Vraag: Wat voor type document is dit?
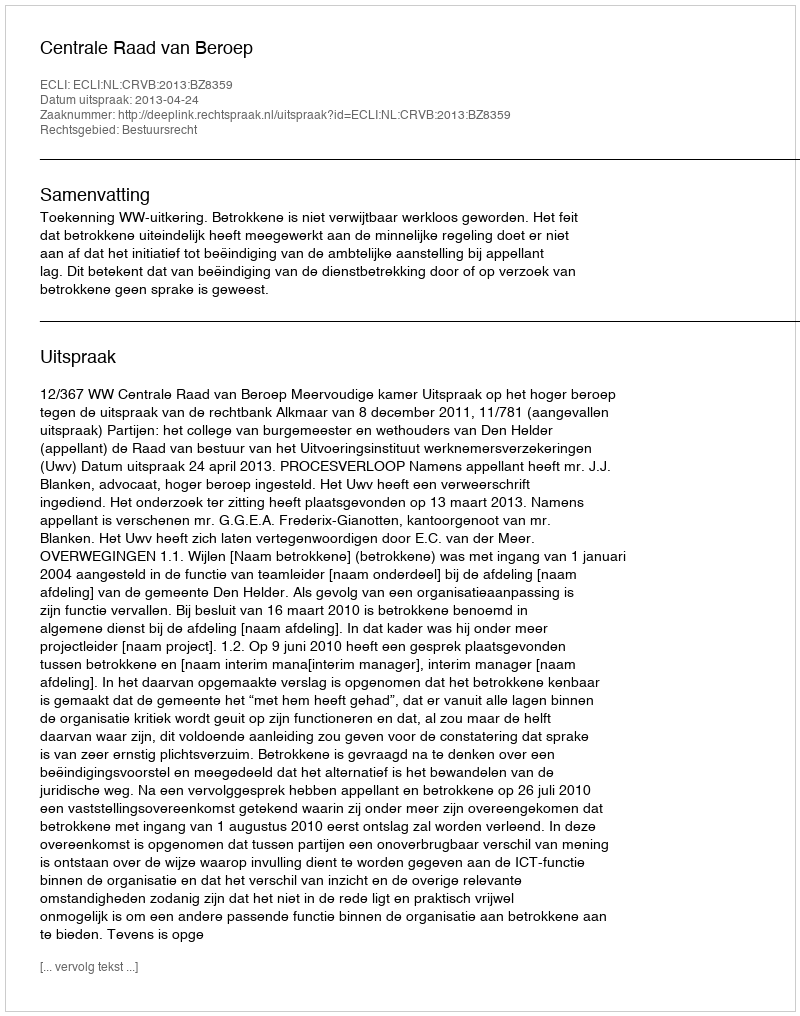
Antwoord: Uitspraak